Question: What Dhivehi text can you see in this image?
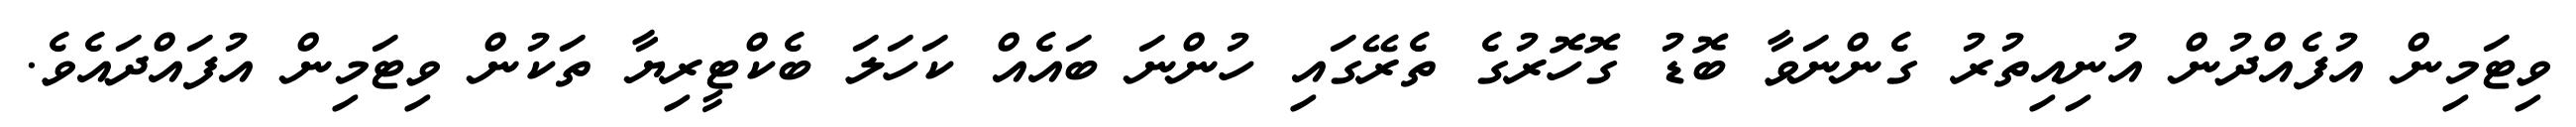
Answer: ވިޓަމިން އުފެއްދުން އުނިއިތުރު ގެންނަވާ ބޮޑު ގޮހޮރުގެ ތެރޭގައި ހުންނަ ބައެއް ކަހަލަ ބެކްޓީރިޔާ ތަކުން ވިޓަމިން އުފައްދައެވެ.